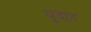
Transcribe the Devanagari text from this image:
यूदाह